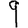
Digit: 9